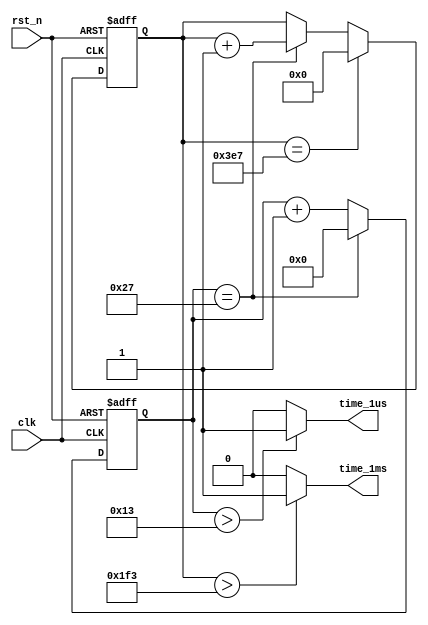

module div_1us (
							clk,
							rst_n,
						   time_1us,
                           time_1ms	
					);
input clk		;
input rst_n		;
output time_1us;
output time_1ms;	
parameter COUNT_1US=39;
parameter COUNT_1MS=999;

reg [5:0]cnt_time;
reg	[10:0]cnt_time1ms;
always@(posedge clk or negedge rst_n)
begin 
	if(!rst_n)
	cnt_time<=0;
	else if(cnt_time==COUNT_1US)
	cnt_time<=0;
	else 
	cnt_time<=cnt_time+1'b1;
end 

always@(posedge clk or negedge rst_n)
begin 
	if(!rst_n)
	cnt_time1ms<=0;
	else if(cnt_time1ms==COUNT_1MS)
	cnt_time1ms<=0;
	else if(cnt_time==COUNT_1US) 
	cnt_time1ms<=cnt_time1ms+1'b1;
end 

assign time_1us = (cnt_time>6'd19)?1'b1:1'b0;
assign time_1ms = (cnt_time1ms>11'd499)?1'b1:1'b0; 
endmodule